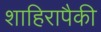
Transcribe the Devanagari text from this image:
शाहिरापैकी